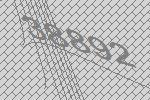
38892